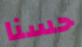
حسنا